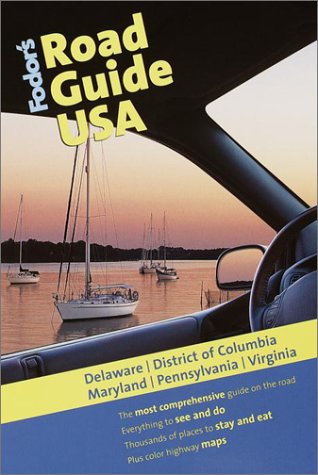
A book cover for Fodor's Road Guide USA: Delaware, District of Columbia, Maryland, Pennsylvania, Virginia, 1st Edition; Fodor's; Travel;